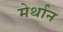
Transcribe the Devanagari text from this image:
मेर्थान